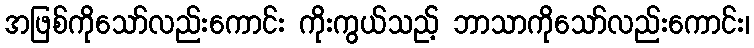
အဖြစ်ကိုသော်လည်းကောင်း ကိုးကွယ်သည့် ဘာသာကိုသော်လည်းကောင်း၊